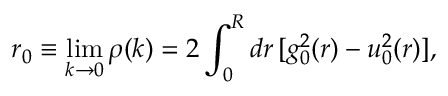
r _ { 0 } \equiv \operatorname* { l i m } _ { k \to 0 } \rho ( k ) = 2 \int _ { 0 } ^ { R } d r \, [ g _ { 0 } ^ { 2 } ( r ) - u _ { 0 } ^ { 2 } ( r ) ] ,